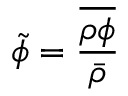
\Tilde { \phi } = \frac { \overline { { \rho \phi } } } { \Bar { \rho } }